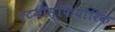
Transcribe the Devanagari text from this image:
एटमॉस्फियारिक